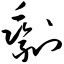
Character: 剩